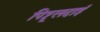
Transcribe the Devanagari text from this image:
पिट्ठूलदाई